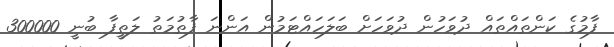
ފާމުގެ ކަންތައްތައް ދުވަހުން ދުވަހަށް ބަލަހައްޓަމުން އަންނަ ފާތުމަތު ލަތީފާ ބުނީ 300000